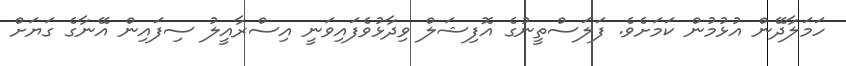
ހަމަލާދޭން އުޅުމުން ކަމަށެވެ. ފަލަސްތީނުގެ އޮފިޝަލް ވިދާޅުވެފައިވަނީ އިސްރާއީލު ސިފައިން އޭނާގެ ގަޔަށް